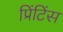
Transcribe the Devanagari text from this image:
प्रिंटिंस